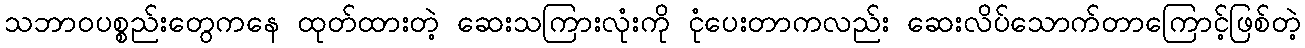
သဘာဝပစ္စည်းတွေကနေ ထုတ်ထားတဲ့ ဆေးသကြားလုံးကို ငုံပေးတာကလည်း ဆေးလိပ်သောက်တာကြောင့်ဖြစ်တဲ့